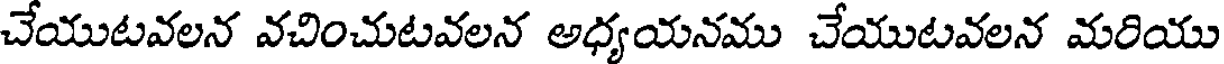
చేయుటవలన వచించుటవలన అధ్యయనము చేయుటవలన మరియు